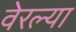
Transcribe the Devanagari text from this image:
वेरल्या